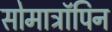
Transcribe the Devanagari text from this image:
सोमाट्रॉपिन